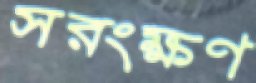
সরংক্ষণ